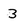
Character: 3